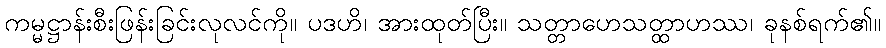
ကမ္မဋ္ဌာန်းစီးဖြန်းခြင်းလုလင်ကို။ ပဒဟိ၊ အားထုတ်ပြီး။ သတ္တာဟေသတ္ထာဟဿ၊ ခုနစ်ရက်၏။